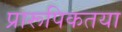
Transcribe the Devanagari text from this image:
प्रारूपिकतया